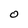
Character: O